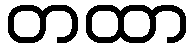
တထာ